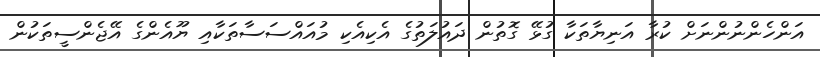
އަންހެންނުންނަށް ކުރާ އަނިޔާތަކާ ގުޅޭ ގޮތުން ދައުލަތުގެ އެކިއެކި މުއައްސަސާތަކާއި ޔޫއެންގެ އޭޖެންސީތަކުން